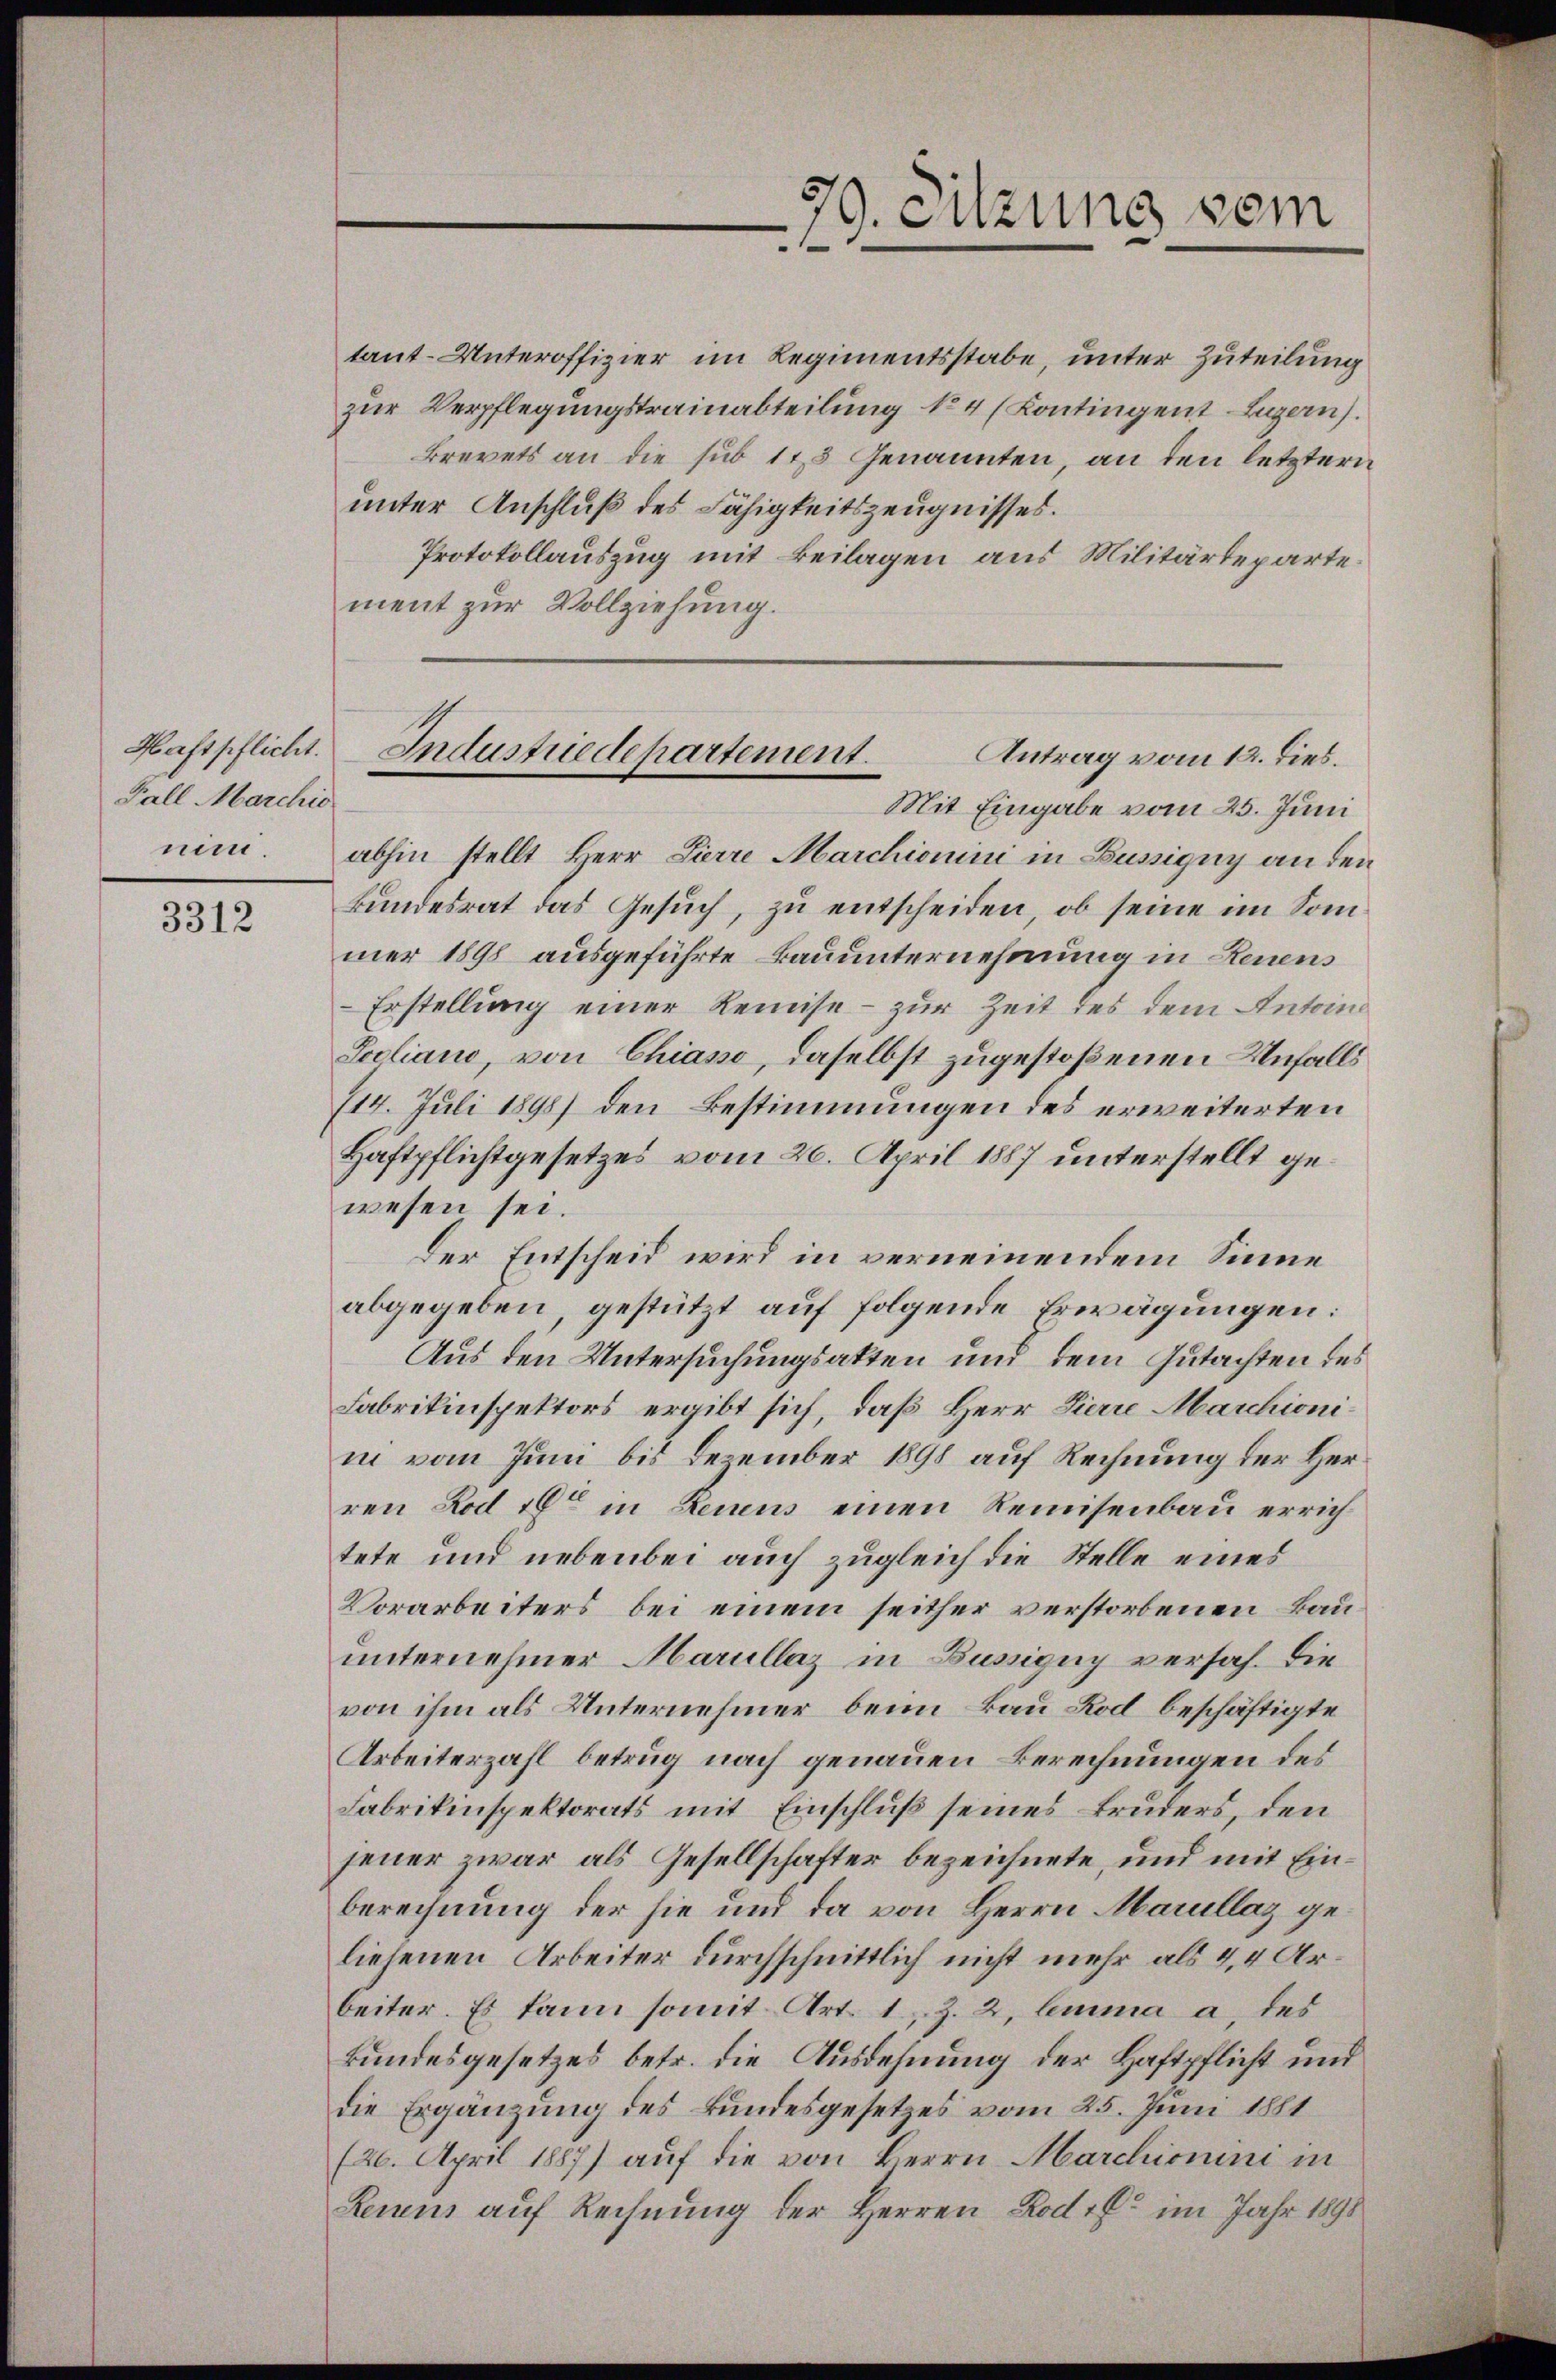
Haftpflicht.
Fall Marchia
nin.

3312

Brevets an die sub 173 Genannten, an den letztern
unter Anschluß des Fähigkeitszeugnisses.
Protokollauszug mit Beilagen aus Militärdepartement zur Vollziehung.
Mit Eingabe vom 25. Juni
abhin stellt Herr Pierre Marchionini in Büssigny an den
Bundesrat das Gesuch, zu entscheiden, ob seine im Sommer 1898 ausgeführte Bauunternehmung in Leuens
Erstellung einer Remise - zur Zeit des dem Antoin
Seoliano, von Chiasso, daselbst zugestoßenen Unfalls
114. Juli 1898) den Bestimmungen des erweiterten
Haftpflichtgesetzes vom 20. April 1887 unterstellt gewesen sei.
Der Entscheid wird in verneinendem Sinne
abgegeben, gestützt auf folgende Erwägungen:
Aus den Untersuchungsakten und dem Gutachten des
Fabrikinspektors ergibt sich, daß Herr Zierre Marchioniin vom Juni bis Dezember 1898 auf Rechnung der Herren Rod 16 in Renens einen Remisenbau errichtete und nebenbei auch zugleich die Stelle eines
Vorarbeiters bei einem seither verstorbenen Bauunternehmer Harullaz in Büssigny versah. Die
von ihm als Unternehmer beim Bau Rod beschäftigte
Arbeiterzahl betrug nach genauen Berechnungen des
Fabrikinspektorats mit Einschluß seines Bruders, den
jener zwar als Gesellschafter bezeichnete, und mit Einberechnung der sie und da von Herrn Marullaz geliefenen Arbeiter durchschnittlich nicht mehr als 4,4 Arbeiter. Es kann somit Art. 1, Z. 2, lemma a. des
kundesgesetzes betr. die Ausdehnung der Haftpflicht und
die Ergänzung des Bundesgesetzes vom 25. Juni 1881
(26. April 1887) auf die von Herrn Marchionini in
Leuens auf Rechnung der Herren Rod. Er im Jahr 1891

79. Sitzung vom
1

tant-Unteroffizier im Regimentsstabe, unter Zuteilung
zur Verpflegungstrainabteilung No 4 (Kontingent Luzern).

Industriedepartement.
Antrag vom 12. dies.